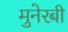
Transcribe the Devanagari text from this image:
मुनेरबी